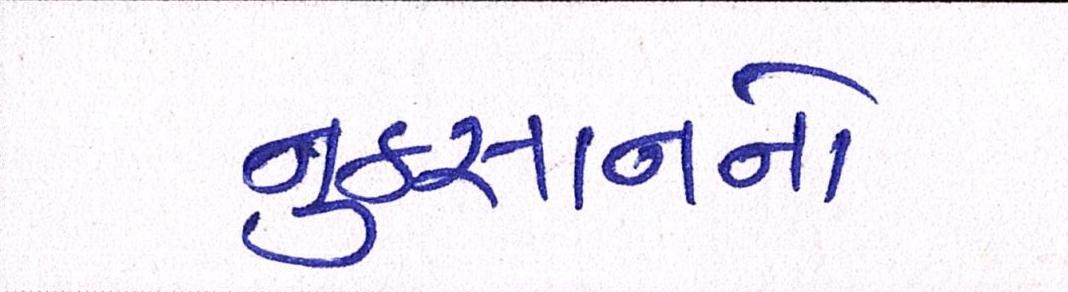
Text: નુકસાનનો